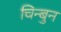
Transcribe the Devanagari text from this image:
चिन्बुन